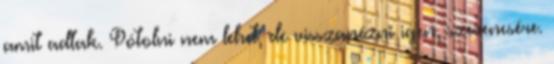
amit adtak. Pótolni nem lehet, de visszanézni igen, szerencsére.